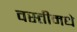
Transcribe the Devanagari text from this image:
वस्तीमधे